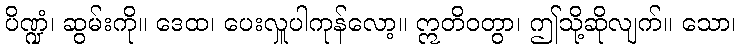
ပိဏ္ဍံ၊ ဆွမ်းကို။ ဒေထ၊ ပေးလှူပါကုန်လော့။ ဣတိဝတွာ၊ ဤသို့ဆိုလျက်။ သော၊